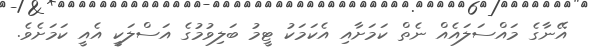
އޭނާގެ މައްސަލައެއް ނެތް ކަމަށާއި އެކަމަކު ޓީމު ބަލިވުމުގެ އަސްލަކީ އެއީ ކަމަށެވެ.